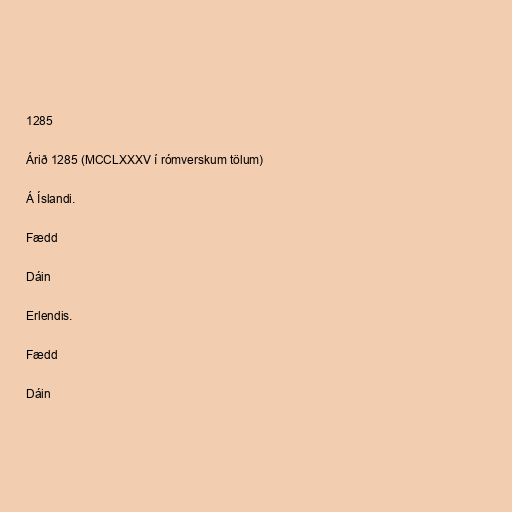
1285

Árið 1285 (MCCLXXXV í rómverskum tölum)

Á Íslandi.

Fædd

Dáin

Erlendis.

Fædd

Dáin